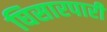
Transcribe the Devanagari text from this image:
घिसारपारी